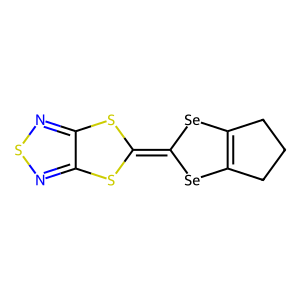
SMILES: C1CC2=C(C1)[Se]C(=C1Sc3nsnc3S1)[Se]2
Inhibits HIV replication: No